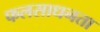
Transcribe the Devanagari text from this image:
फलसाधनता